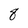
Character: 8